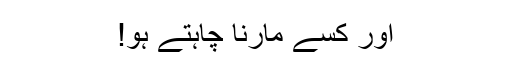
اور کسے مارنا چاہتے ہو!